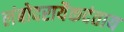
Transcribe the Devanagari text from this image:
लंबोदरायैकदंताय